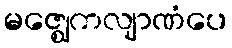
မဇ္ဈေကလျာဏံပေ